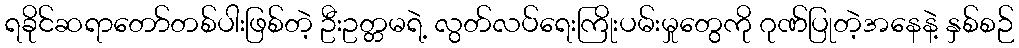
ရခိုင်ဆရာတော်တစ်ပါးဖြစ်တဲ့ ဦးဥတ္တမရဲ့ လွတ်လပ်ရေးကြိုးပမ်းမှုတွေကို ဂုဏ်ပြုတဲ့အနေနဲ့ နှစ်စဉ်